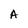
Character: A